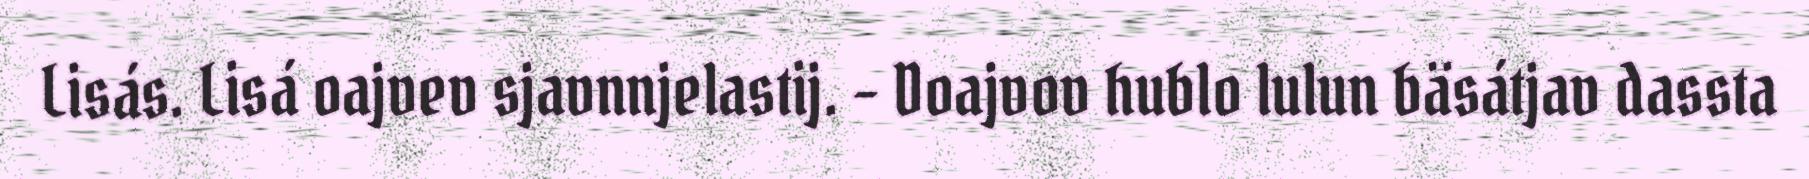
Lisás. Lisá oajvev sjavnnjelastij. – Doajvov hublo lulun bäsátjav dassta